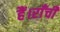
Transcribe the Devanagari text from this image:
हैं।राँची